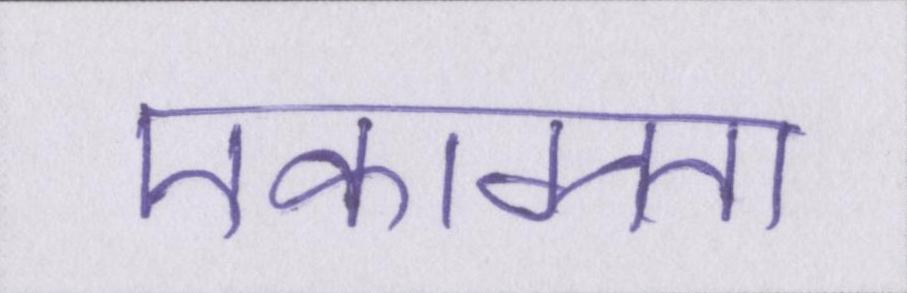
एकाग्रता